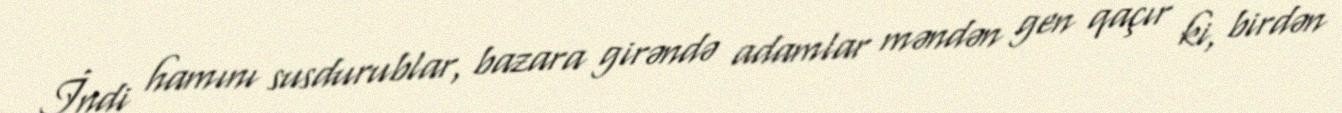
İndi hamını susdurublar, bazara girəndə adamlar məndən gen qaçır ki, birdən